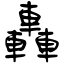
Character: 轟